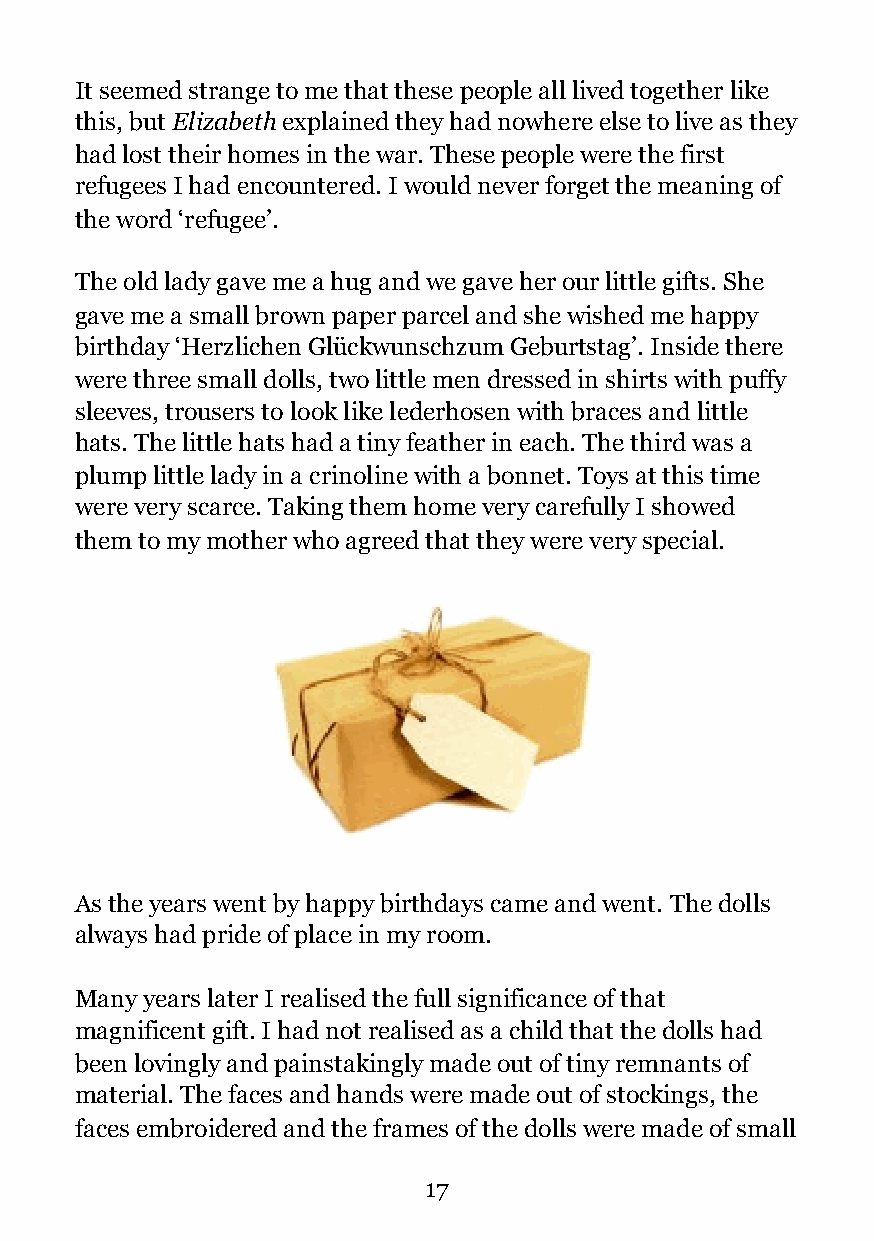
It seemed strange to me that these people all lived together like
 this, but Elizabeth explained they had nowhere else to live as they
 had lost their homes in the war. These people were the first
 refugees I had encountered. I would never forget the meaning of
 the word ‘refugee’.
 The old lady gave me a hug and we gave her our little gifts. She
 gave me a small brown paper parcel and she wished me happy
 birthday ‘Herzlichen Glückwunschzum Geburtstag’. Inside there
 were three small dolls, two little men dressed in shirts with puffy
 sleeves, trousers to look like lederhosen with braces and little
 hats. The little hats had a tiny feather in each. The third was a
 plump little lady in a crinoline with a bonnet. Toys at this time
 were very scarce. Taking them home very carefully I showed
 them to my mother who agreed that they were very special.
 !
 As the years went by happy birthdays came and went. The dolls
 always had pride of place in my room.
 Many years later I realised the full significance of that
 magnificent gift. I had not realised as a child that the dolls had
 been lovingly and painstakingly made out of tiny remnants of
 material. The faces and hands were made out of stockings, the
 faces embroidered and the frames of the dolls were made of small
 !17